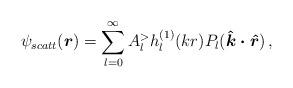
LaTeX: \begin{align*}\psi_{scatt}(\mbox{\boldmath$r$}) = \sum_{l=0}^{\infty}A^{>}_{l}h^{(1)}_{l}(kr) P_{l}(\mbox{\boldmath${\hat{k}}\cdot{\hat{r}}$})\,,\end{align*}